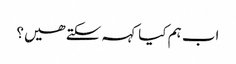
اب ہم کیا کہہ سکتے ھیں؟